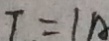
T = 1 A